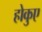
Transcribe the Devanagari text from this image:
होकुए